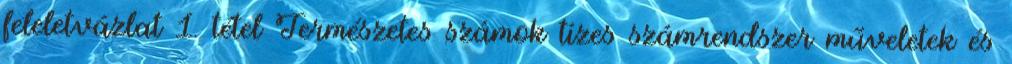
feleletvázlat 1. tétel Természetes számok tízes számrendszer műveletek és